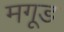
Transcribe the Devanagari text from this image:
मगूड